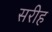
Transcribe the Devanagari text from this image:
सरीह